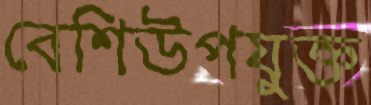
বেশিউপযুক্ত